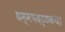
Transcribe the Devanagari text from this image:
धम्मपदट्ठकथा